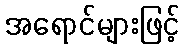
အရောင်များဖြင့်